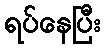
ရပ်နေပြီး